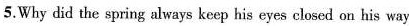
5,Why did the spring always keep his eyes clesed on his way